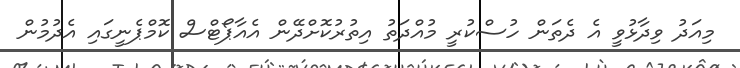
މިއަދު ވިދާޅުވީ އެ ދެތަން ހުސްކުރީ މުއްދަތު އިތުރުކޮށްދޭން އެއާޕޯޓްސް ކޮމްޕެނީގައި އެދުމުން